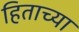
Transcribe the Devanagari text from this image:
हिताच्‍या